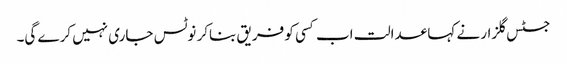
جسٹس گلزار نے کہا عدالت اب کسی کو فریق بناکر نوٹس جاری نہیں کرے گی۔